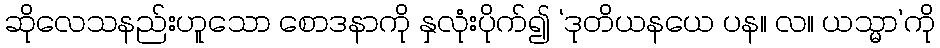
ဆိုလေသနည်းဟူသော စောဒနာကို နှလုံးပိုက်၍ ‘ဒုတိယနယေ ပန။ လ။ ယသ္မာ’ကို